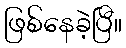
ဖြစ်နေခဲ့ပြီ။